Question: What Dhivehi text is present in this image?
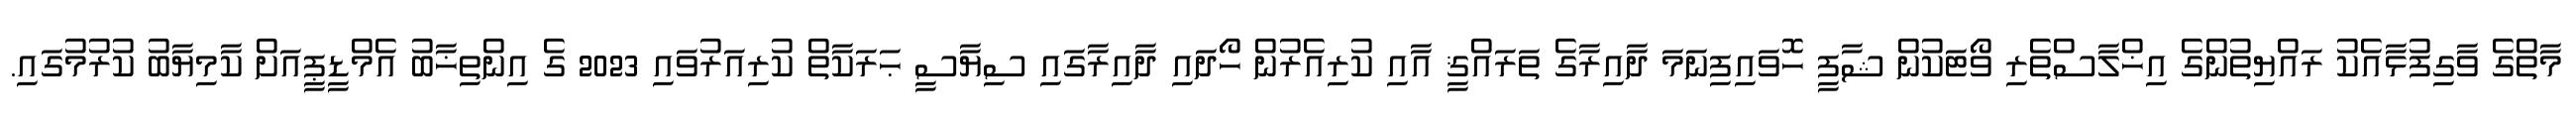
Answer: މާތްގެ ވާގިފުޅާއެކު ރައްޔިތުންގެ އިޚްލާސްތެރި ވޯޓަކުން ޝާފީ ހޮވައިފިނަމަ ދާއިރާގެ ތަރައްޤީ އާއި ކުރިއެރުން ހޯދައި ދާއިރާގައި ސިޔާސީ ޙަރަކާތް ކުރިއަރުވައި 2023 ގެ އިންތިޚާބު އެމްޑީޕީއަށް ކާމިޔާބު ކުރުމުގައި.